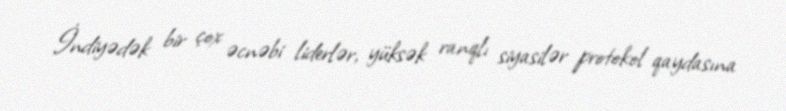
İndiyədək bir çox əcnəbi liderlər, yüksək ranqlı siyasilər protokol qaydasına